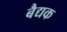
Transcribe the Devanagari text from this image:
बैद्यक